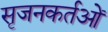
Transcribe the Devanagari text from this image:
सृजनकर्तओं